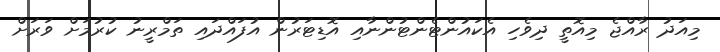
މިއަދު ރާއްޖެ މިއޮތީ ދިވެހި އެކައުންޓެންޓުންނާއި އޮޑިޓަރުން އުފައްދައި ތަމްރީނު ކުރުމަށް ވަރަށް